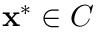
\mathbf { x ^ { \ast } } \in C